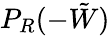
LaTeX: P_{R}(-\tilde{W})